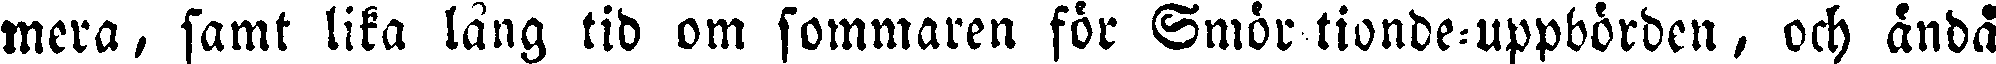
mera, samt lika lång tid om sommaren för Smör tionde-uppbörden, och ändå